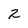
Character: 2